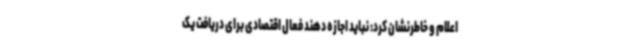
اعلام و خاطرنشان کرد: نباید اجازه دهند فعال اقتصادی برای دریافت یک